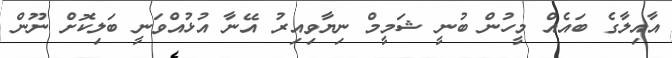
އާއިލާގެ ބައެއް މީހުން ބުނީ ޝަމީމް ނިޔާވިއިރު އޭނާ އުޅުއްވަނީ ބަލިކޮށް ނޫން